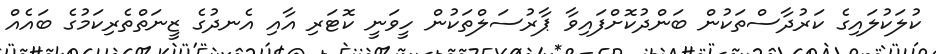
ކުލަކުލައިގެ ކަރުދާސްތަކުން ބަންދުކޮށްފައިވާ ޕާރުސަލްތަކުން ހީވަނީ ކޮޓަރި އާއި އެނދުގެ ޒީނަތްތެރިކަމުގެ ބައެއް